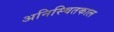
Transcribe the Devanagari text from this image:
अनिस्चितकाल